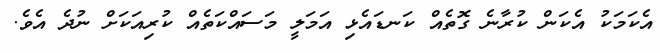
އެކަމަކު އެކަން ކުރާނެ ގޮތެއް ކަނޑައެޅި އަމަލީ މަސައްކަތެއް ކުރިއަކަށް ނުދެ އެވެ.